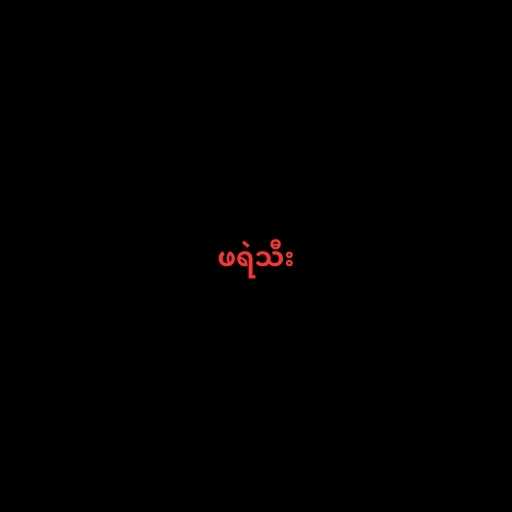
ဖရဲသီး